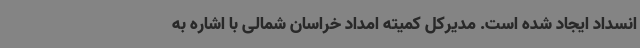
انسداد ایجاد شده است. مدیرکل کمیته امداد خراسان شمالی با اشاره به